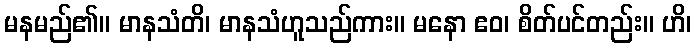
မနမည်၏။ မာနသံတိ၊ မာနသံဟူသည်ကား။ မနော ဧဝ၊ စိတ်ပင်တည်း။ ဟိ၊